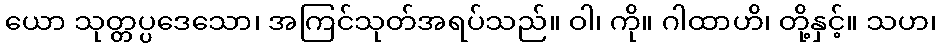
ယော သုတ္တပ္ပဒေသော၊ အကြင်သုတ်အရပ်သည်။ ဝါ၊ ကို။ ဂါထာဟိ၊ တို့နှင့်။ သဟ၊